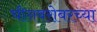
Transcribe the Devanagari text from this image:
चीनबरोबरच्या